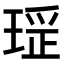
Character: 𤧏